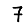
Digit: 7